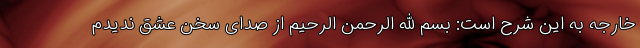
خارجه به این شرح است: بسم الله الرحمن الرحیم از صدای سخن عشق ندیدم